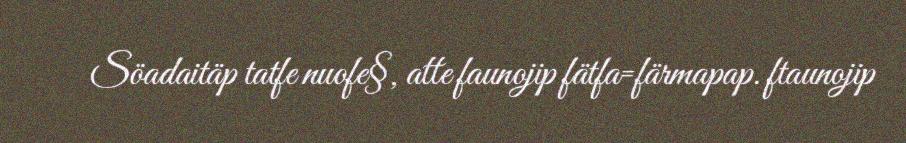
Söadaitäp tatfe nuofe§, atte faunojip fätfa=färmapap. ftaunojip